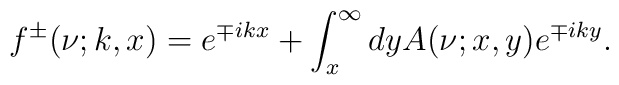
f^{\pm}(\nu;k,x)=e^{\mp ikx}+\int_{x}^{\infty}dy A(\nu;x,y)e^{\mp iky}.